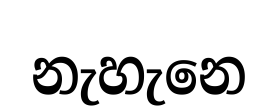
නැහැනෙ